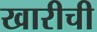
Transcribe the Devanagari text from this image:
खारीची